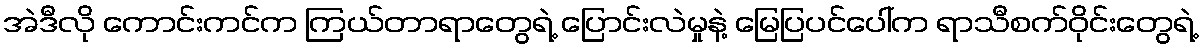
အဲဒီလို ကောင်းကင်က ကြယ်တာရာတွေရဲ့ ပြောင်းလဲမှုနဲ့ မြေပြပင်ပေါ်က ရာသီစက်ဝိုင်းတွေရဲ့